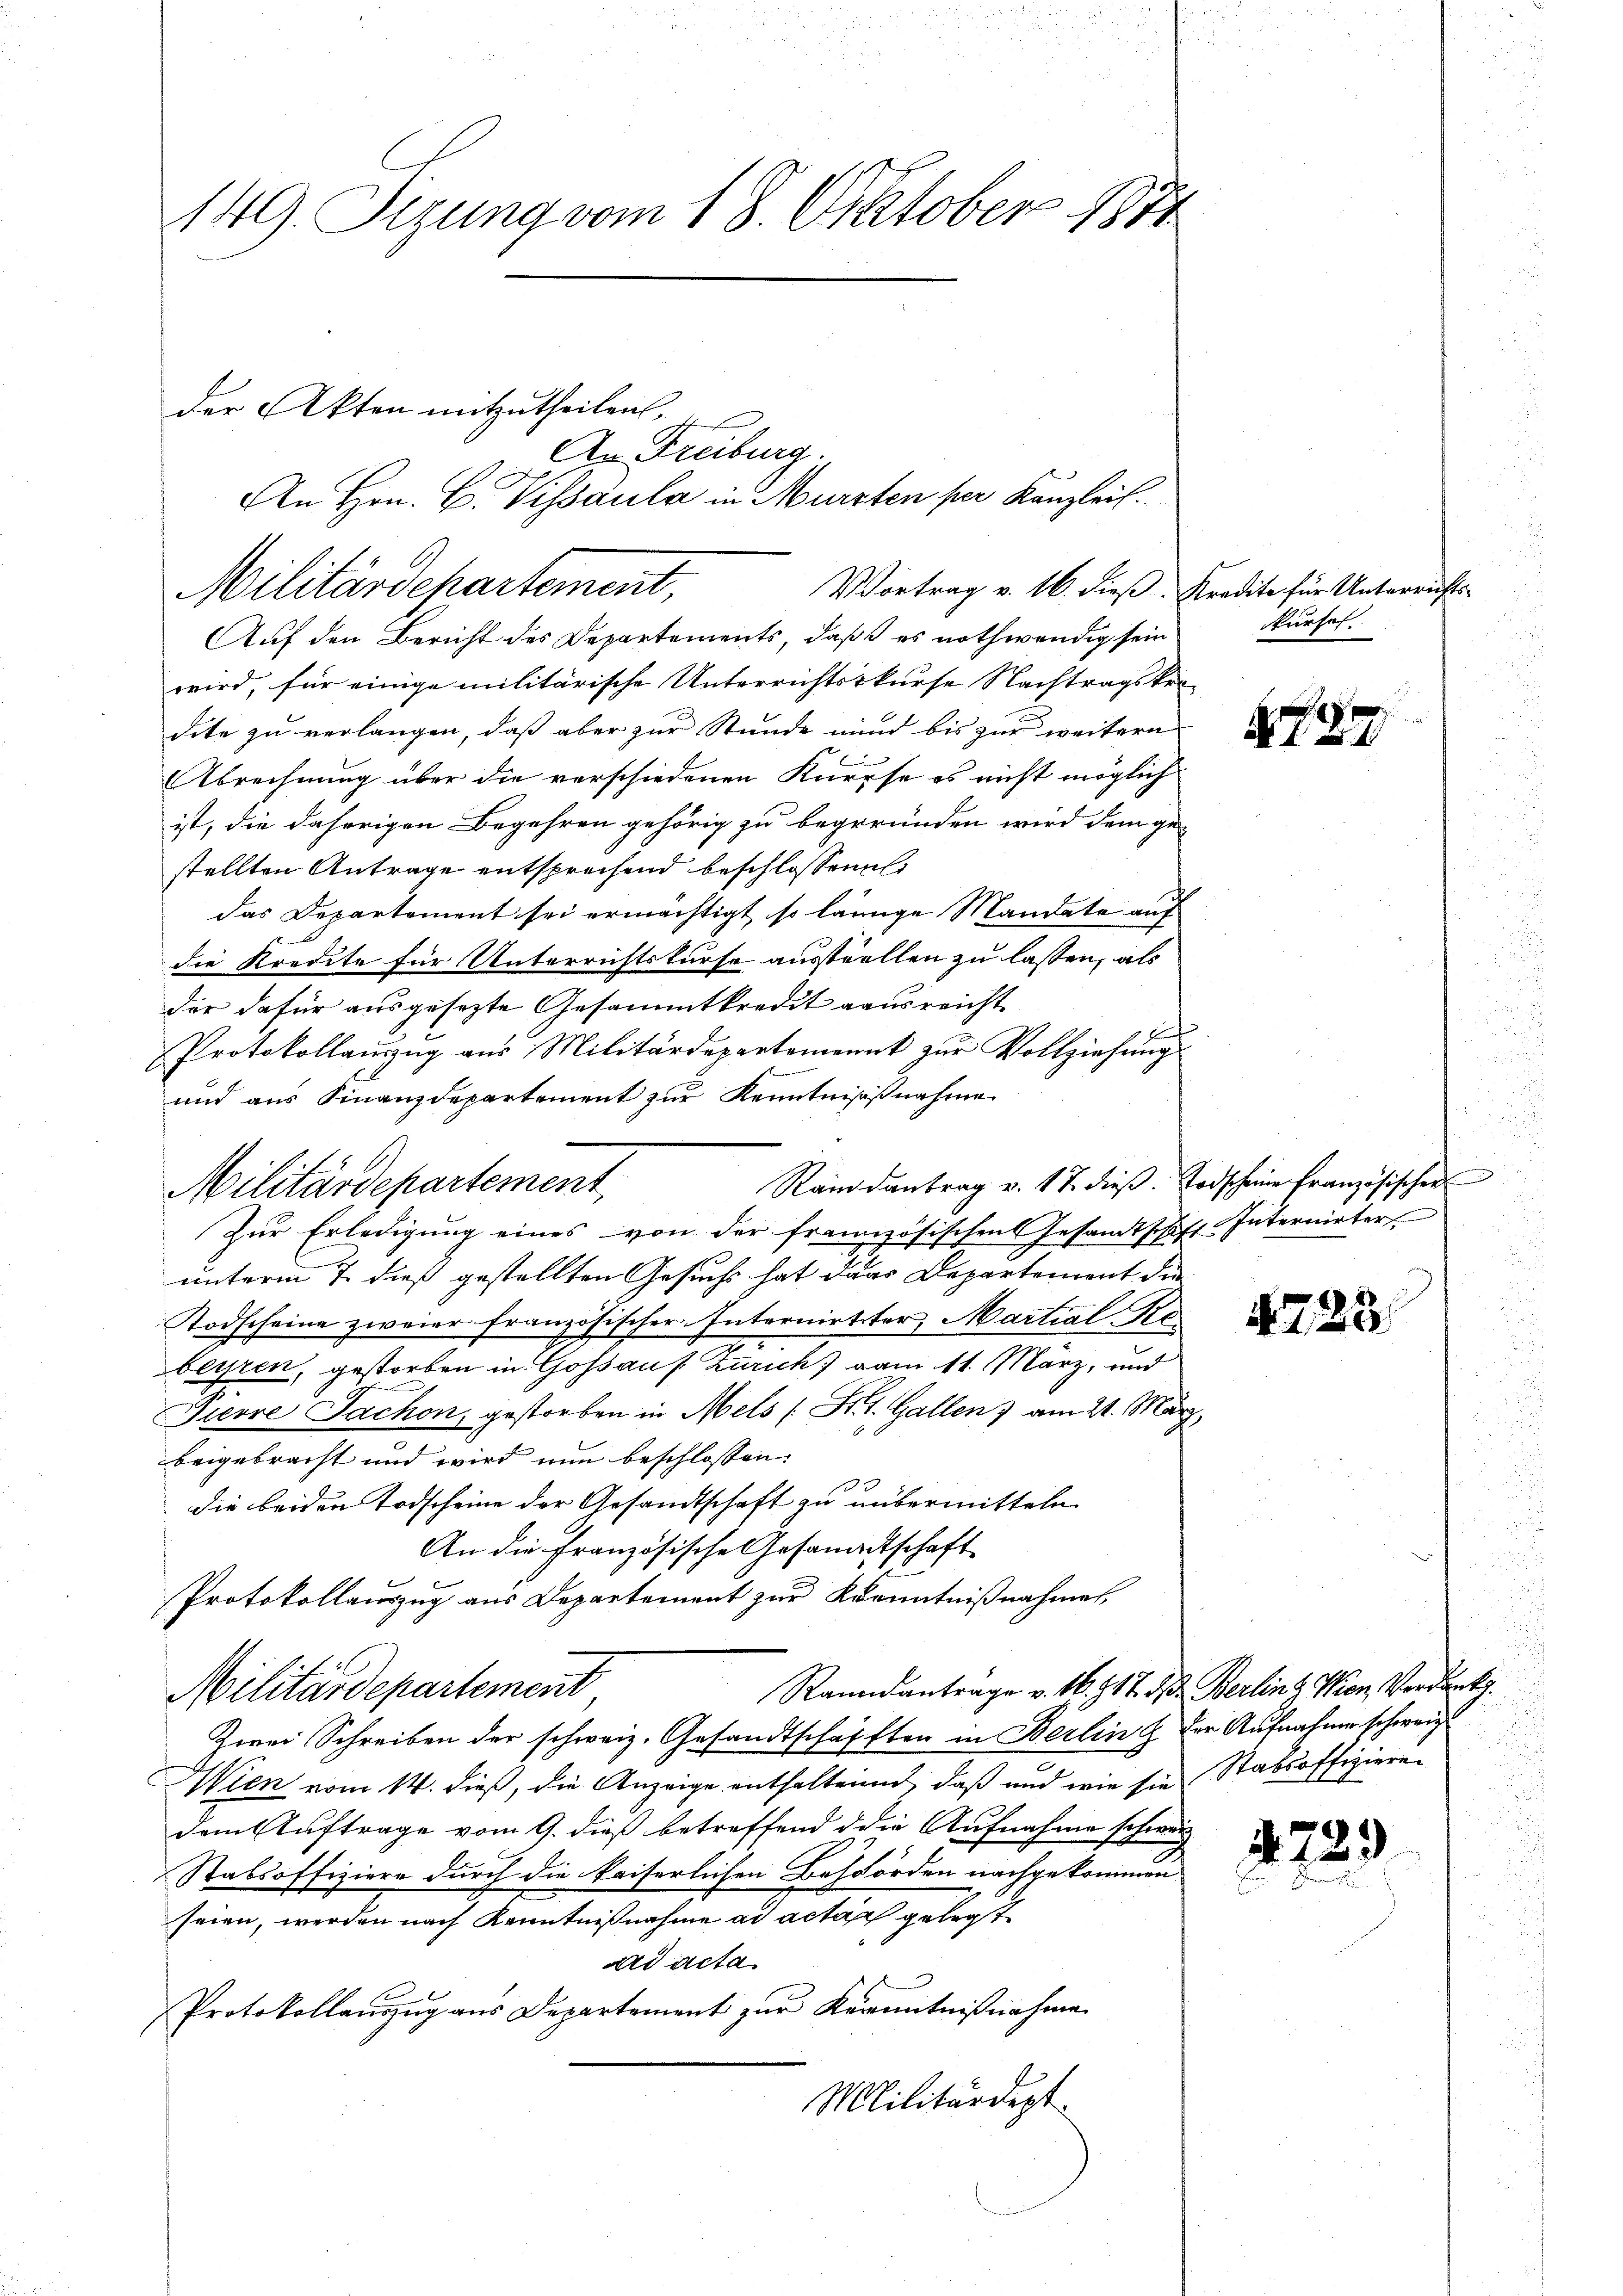
149. Sizung vom 18. Oktober 1871

Auf den Bericht des Departements, daß es nothwendig sein
wird, für einige militärische Unterrichtskurse Nachtragsker-
dite zu verlangen, daß aber zur Stunde und bis zur weitern
Abrechnung über die verschiedenen Kurse es nicht möglich
ist, die daherigen Begehren gehörig zu begründen wird dem ge-
stellten Antrage entsprechend beschlossens
das Departement sei ermächtigt, so lange Mandate auf
die Kredite für Unterrichtskurse ausstiellen zu lassen, als
der dafür ausgesezte Gesammtkredit aausreicht
Protokollauszug aus Militärdepartemenat zur Vollziehung
und aus Finanzdepartement zur Kenntnissnahme
Randantrag v. 17. dieβ. Todscheine französischen
Zur Erledigung eines von der französischen Gesandtschaft Internirter
unterm 7. dieß gestellten Gesuchs hat dans Departement die
Todscheine zweier französischer Internietter, Martial Rebeyren, gestorben in Gossauf Zürich vom 11. März, und
Pierre Sachen, gestorben in Mels (St. Gallen am 21. März,
beigebracht und wird nun beschlossen:
die beiden Todscheine der Gesandtschaft zu übermitteln
An die Französische Gesandtschaft
Protokollauszug aus Departement zur Kenntnißnahmen,
Raundantrage v. M. 917. d. Berlin 2 Wien Verdank.
Militärdepartement
Zwei Schreiben der schweiz. Gesandtschafften in Berlin & der Aufnahmen schweiz
Wien vom 14. dieß, die Anzeige enthaltenen, daß und wie sie Stabsoffizieren
dem Auftrage vom 9. dieß betreffend d die Aufnahme schwer
Stabsoffiziere durch die kaiserlichen Behörden nachgekommen
seien, werden nach Kenntnißnahme ad acta gelegt
ard acta
Protokollanzug aus Departement zur Kenntnißnahme
Militärdept.

der Akten mitzutheilen,

Militärdepartement,
Vortrag v. 16. dieß. Kredite für Unterrichts-

Militärdepartement,

An Freiburg.
An Hrn. B. Visaula in Mürzten per Kanzlei

g

Nurhel
.

729

u

Nr. 23.

4783